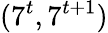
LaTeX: (7^{t},7^{t+1})